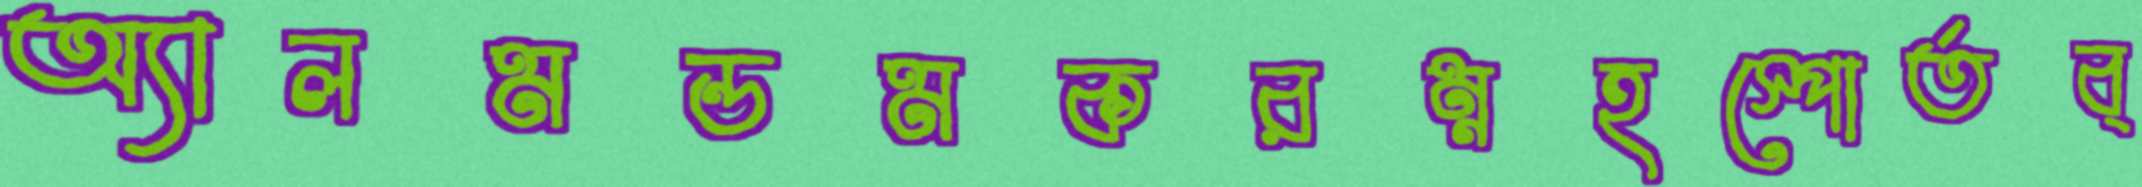
অ্যালমন্ডমকরম্নহস্পোর্তব্